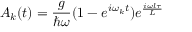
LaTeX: A _ { k } ( t ) = \frac { g } { \hbar \omega } ( 1 - e ^ { i \omega _ { k } t } ) e ^ { \frac { i \omega l \tau } { L } }